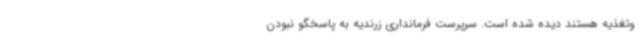
وتغذیه هستند دیده شده است. سرپرست فرمانداری زرندیه به پاسخگو نبودن